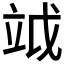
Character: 𥩡